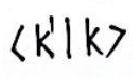
$\langle k'|k\rangle$